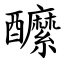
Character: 醿